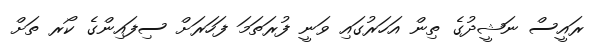
ރައީސް ނަޝީދުގެ ތިން އަހަރުގައި ވަނީ ފުރަތަމަ ފަހަރަށް ސިފައިންގެ ކޯރ ތަށް